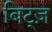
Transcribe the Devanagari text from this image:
बिट्ज़